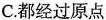
C.都经过原点